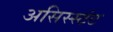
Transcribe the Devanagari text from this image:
असिस्स्टंट